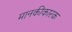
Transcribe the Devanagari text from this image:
मानकीकारक